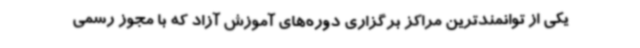
یکی از توانمندترین مراکز برگزاری دوره‌های آموزش آزاد که با مجوز رسمی